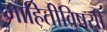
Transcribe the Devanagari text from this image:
माहितीविषयी